Leaving Certificate Examination, 1925
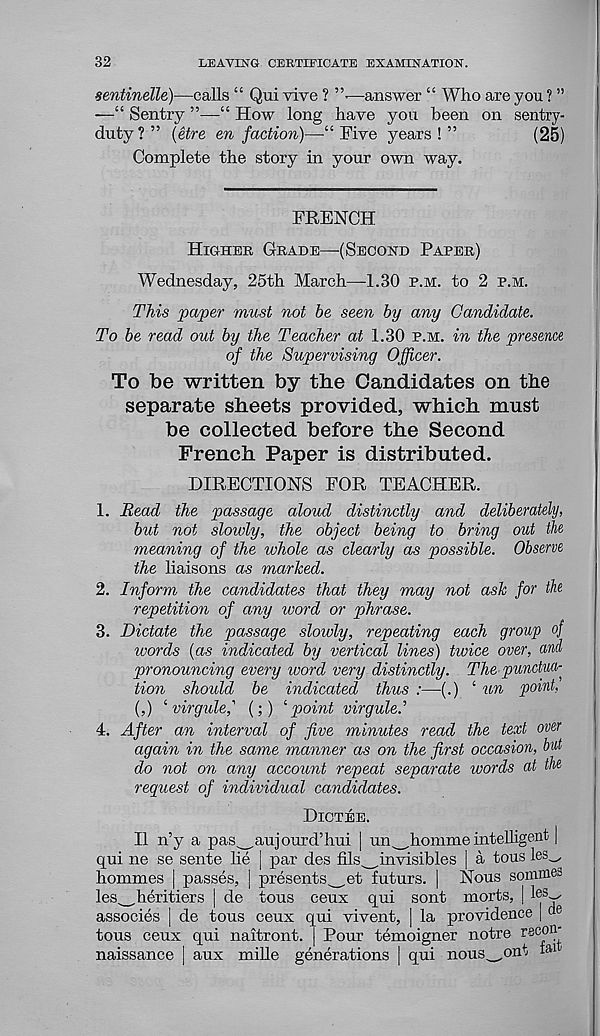
32
LEAVING CERTIFICATE EXAMINATION.
sentinelle)—calls “ Qui vive ? —answer “ Who are you ? ”
•—“ Sentry ”—“ How r long have you been on sentry-
duty ? ” (etre en faction)—“ Five years ! ”
(25)
Complete the story in your own way.
FEENCH
Higher Grade—-(Second Paper)
Wednesday, 25th March—1.30 p.m. to 2 p.m.
This paper must not be seen by any Candidate.
To be read out by the Teacher at 1.30 p.m. in the presence
of the Supervising Officer.
To be written by the Candidates on the
separate sheets provided, which must
be collected before the Second
French Paper is distributed.
DIRECTIONS FOR TEACHER.
1. Read the passage aloud distinctly and deliberately,
but not sloivly, the object being to bring out the
meaning of the whole as clearly as possible. Observe
the liaisons as marked.
2. Inform the candidates that they may not ask for the
repetition of any word or phrase.
3. Dictate the passage slowly, repeating each group oj
words (as indicated by vertical lines) twice over, and
pronouncing every word very distinctly. The pundua-
tion should be indicated thus :—(.) ‘ un point,
(,) ‘ virgule,' (;) ‘point virgulel
4. After an interval of jive minutes read the text over
again in the same manner as on the first occasion, bid
do not on any account repeat separate words at the
request of individual candidates.
Dictee.
II n’y a pas^aujourd’hui [ un^homme intelligent |
qui ne se sente lie | par des fils^_,invisibles | a tons les_,
hommes | passes, | presents^_et futurs. | Nous sornmes
les^heritiers | de tous ceux qui sont morts, | les^-
associes | de tons ceux qui vivent, | la providence | de
tous ceux qui naitront. | Pour temoigner notre recon-
naissance | aux mille generations | qui nous w ont i al